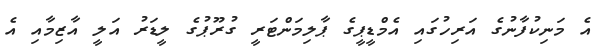
އެ މަނިކުފާނުގެ އަރިހުގައި އެމްޑީޕީގެ ޕާލިމަންޓަރީ ގުރޫޕުގެ ލީޑަރު އަލީ އާޒިމާއި އެ